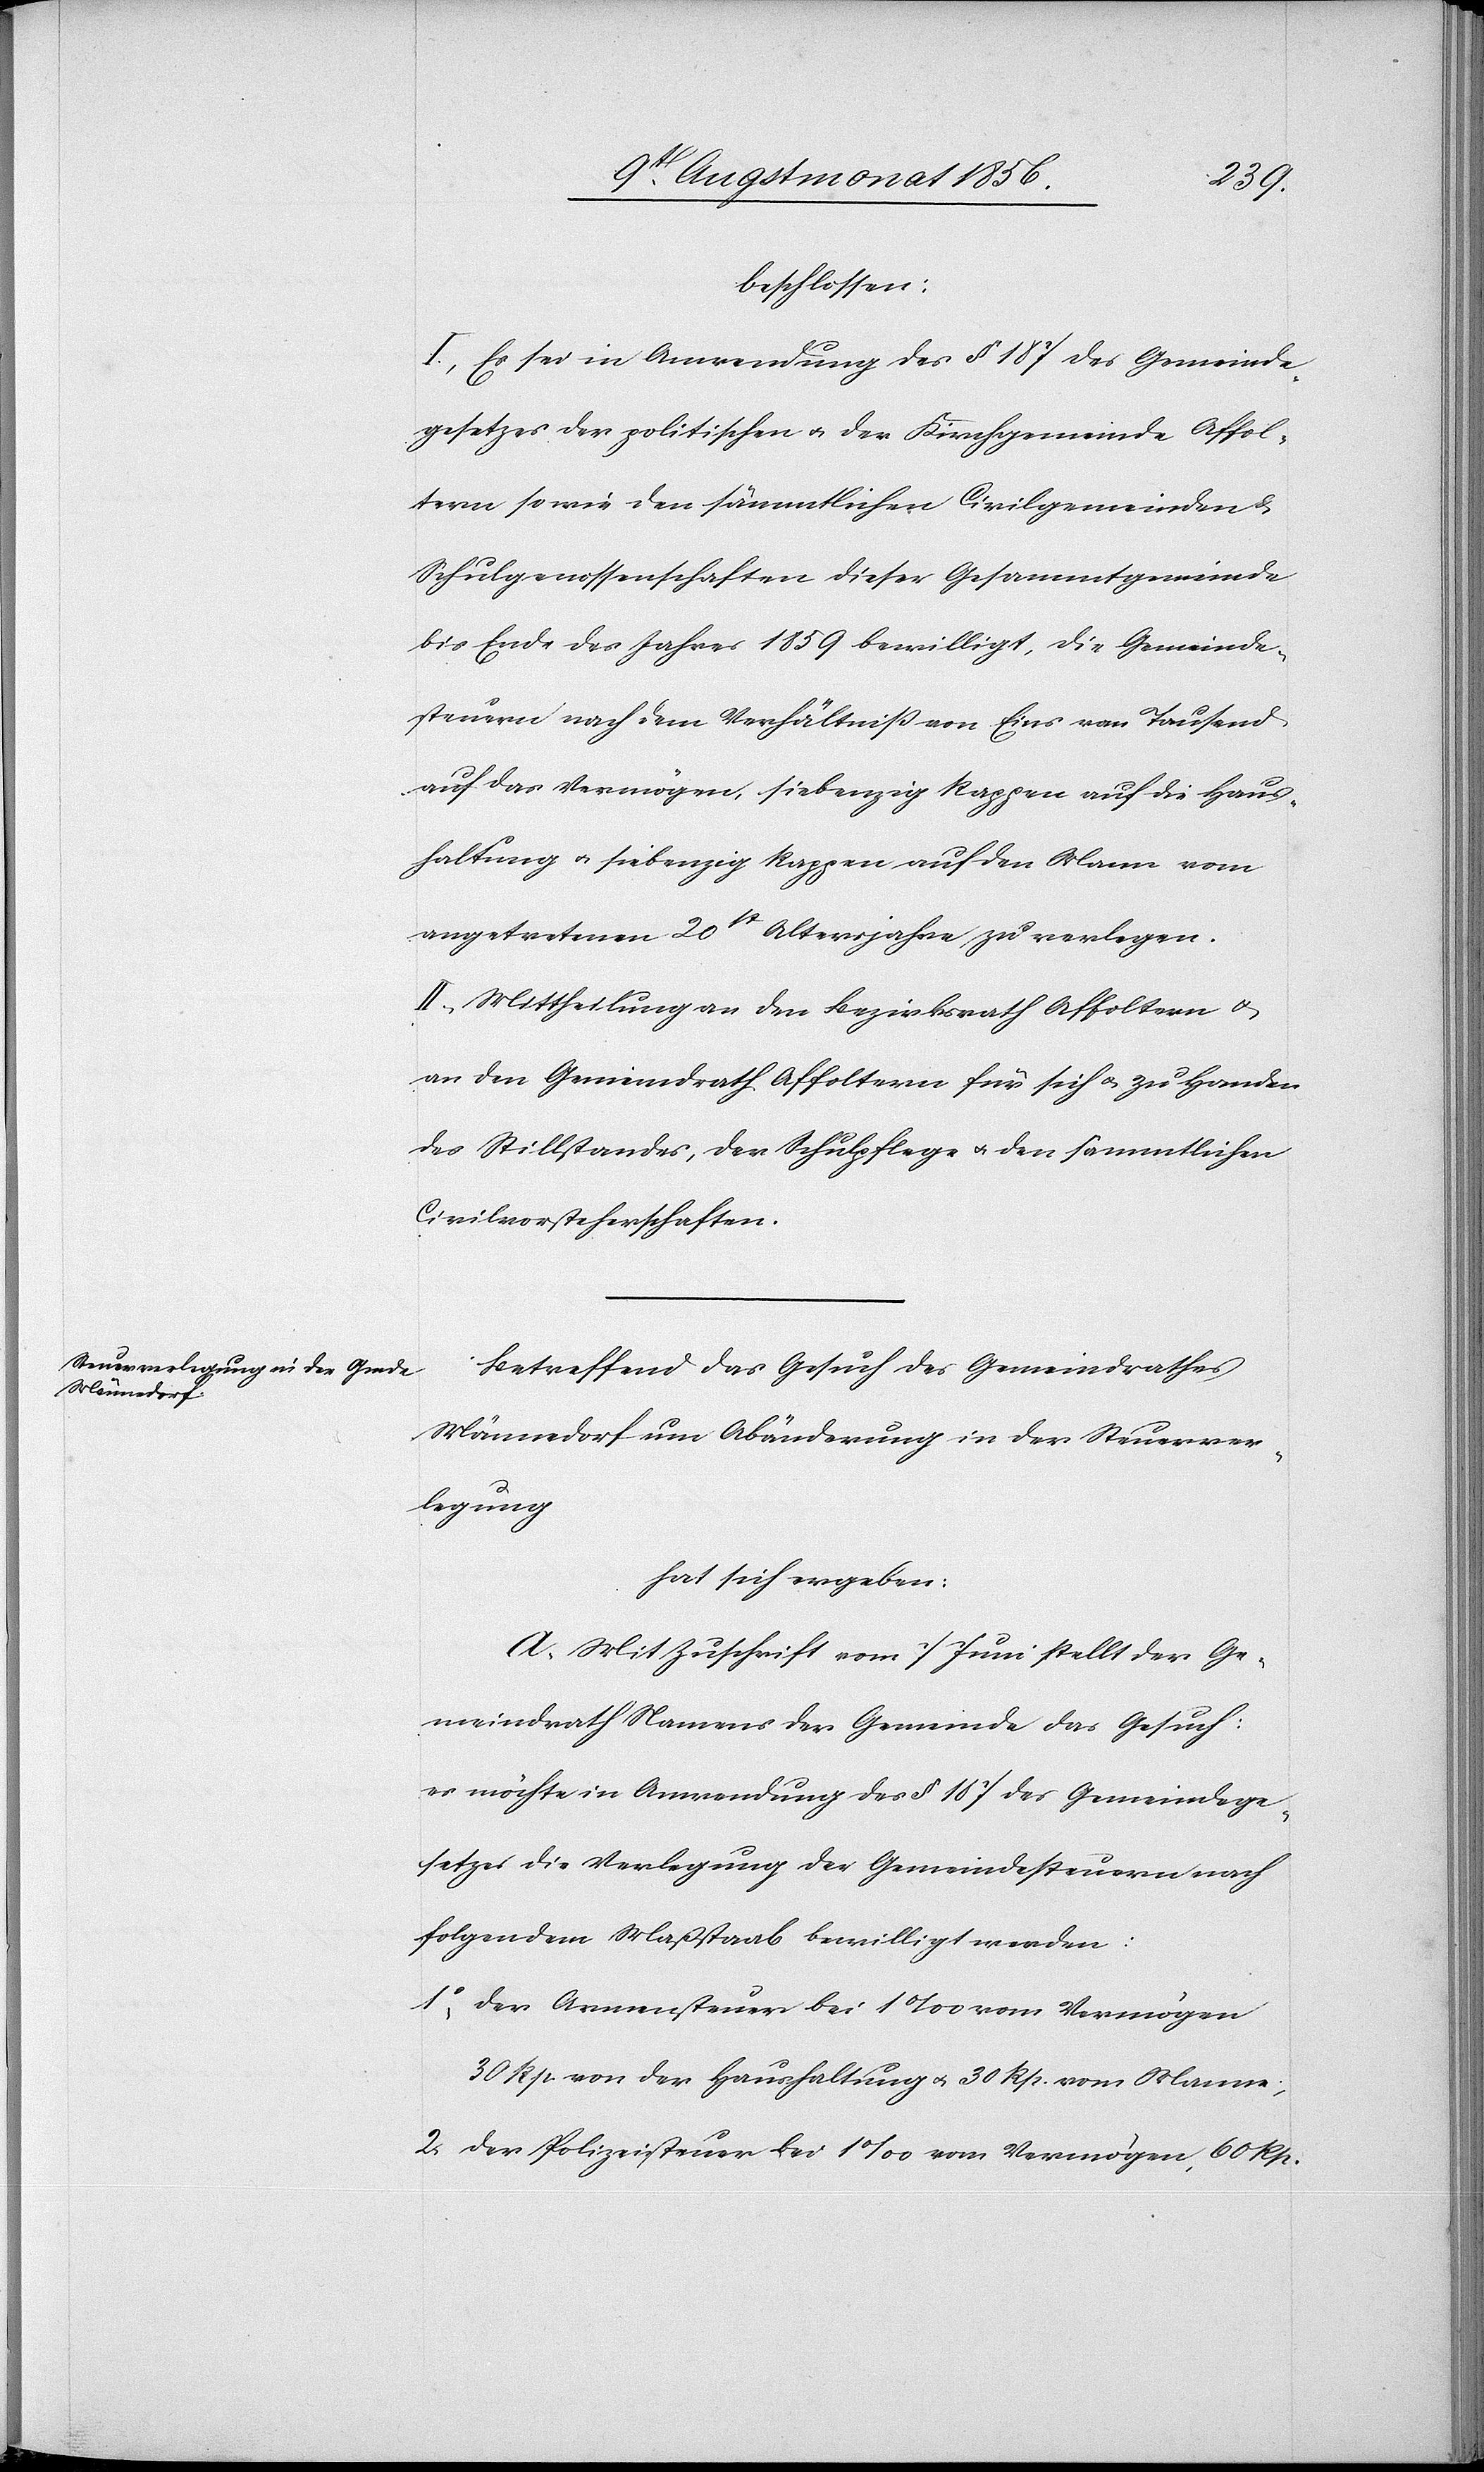
beschlossen:
I.) Es sei in Anwendung des § 187 des Gemeinde¬
gesetzes der politischen u. der Kirchgemeinde Affol¬
tern sowie den sämmtlichen Civilgemeinden &
Schulgenossenschaften dieser Gesammtgemeinde
bis Ende des Jahres 1859 bewilligt, die Gemeinde¬
steuern nach dem Verhältniß von Eins vom Tausend
auf das Vermögen, siebenzig Rappen auf die Haus¬
haltung u. siebenzig Rappen auf den Mann vom
angetretenen 20st Altersjahre zu verlegen.
II.) Mittheilung an den Bezirksrath Affoltern u.
an den Gemeindrath Affoltern für sich u. zu Handen
des Stillstandes, der Schulpflege u. den sämmtlichen
Civilvorsteherschaften.
Betreffend das Gesuch des Gemeindrathes
Männedorf um Abänderung in der Steuerver¬
legung
hat sich ergeben:
A. Mit Zuschrift vom 7 Juni stellt der Ge¬
meindrath Namens der Gemeinde das Gesuch:
es möchte in Anwendung des § 187 des Gemeindege¬
setzes die Verlegung der Gemeindesteuern nach
folgendem Maßstaab bewilligt werden:
1.) der Armensteuer bei 1‰ vom Vermögen
30 Rp. von der Haushaltung u. 30 Rp. vom Manne;
2.) der Polizeisteuer bei 1‰ vom Vermögen, 60 Rp.